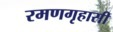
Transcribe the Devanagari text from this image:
रमणगृहासी